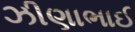
ઝીણાભાઈ